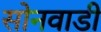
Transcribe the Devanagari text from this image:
सोनवाडी